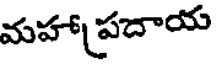
మహా ప్రదాయ